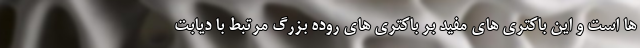
ها است و این باکتری های مفید بر باکتری های روده بزرگ مرتبط با دیابت